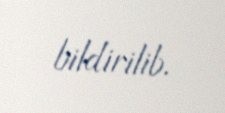
bildirilib.